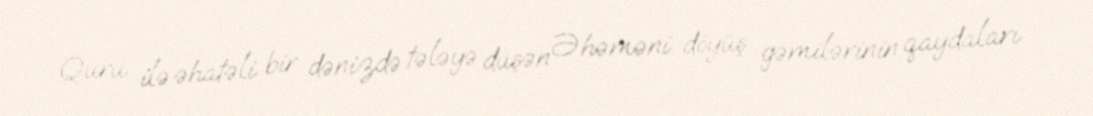
Quru ilə əhatəli bir dənizdə tələyə düşən Əhəməni döyüş gəmilərinin qaydaları